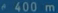
400m